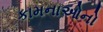
કામનાઓનો